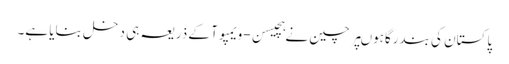
پاکستان کی بندرگاہوںپر چین نے ہچیسن-ویمپوآ کے ذریعہ ہی دخل بنایا ہے۔